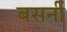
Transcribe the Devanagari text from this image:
बसनीं